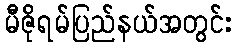
မီဇိုရမ်ပြည်နယ်အတွင်း